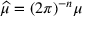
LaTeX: { \widehat { \mu } } = ( 2 \pi ) ^ { - n } \mu